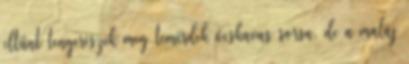
eltűnt tengerészek meg temérdek ócskavas sorsa, de a maláj